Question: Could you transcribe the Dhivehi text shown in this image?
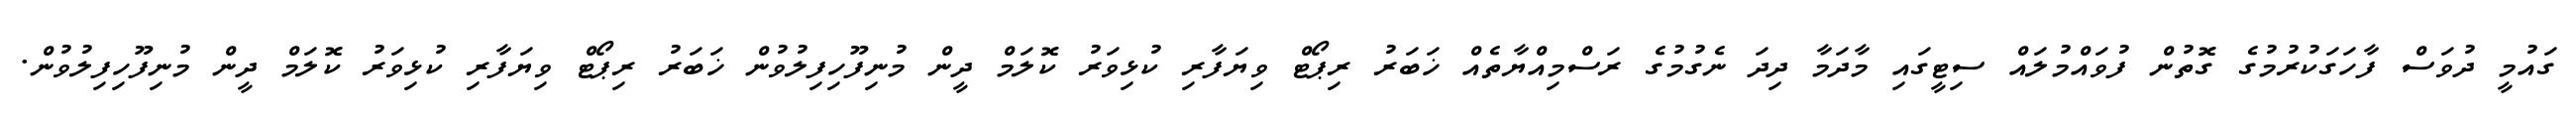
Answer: ގައުމީ ދުވަސް ފާހަގަކުރުމުގެ ގޮތުން ފުވައްމުލައް ސިޓީގައި މާދަމާ ދިދަ ނެގުމުގެ ރަސްމިއްޔާތެއް ޚަބަރު ރިޕޯޓް ވިޔަފާރި ކުޅިވަރު ކޮލަމް ދީން މުނިފޫހިފިލުވުން ޚަބަރު ރިޕޯޓް ވިޔަފާރި ކުޅިވަރު ކޮލަމް ދީން މުނިފޫހިފިލުވުން.